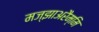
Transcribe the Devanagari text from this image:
मज्झाअरैम्मि